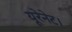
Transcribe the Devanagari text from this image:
यूरेनेट।